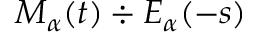
M _ { \alpha } ( t ) \div E _ { \alpha } ( - s )